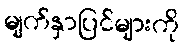
မျက်နှာပြင်များကို